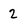
Character: 2